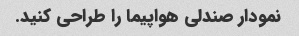
نمودار صندلی هواپیما را طراحی کنید.